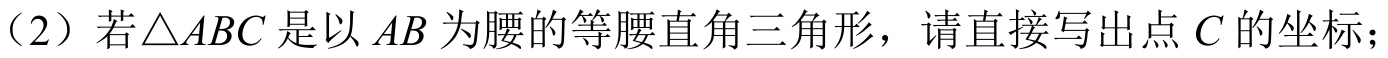
（2）若\(\triangle ABC\)是以\(AB\)为腰的等腰直角三角形，请直接写出点\(C\)的坐标；